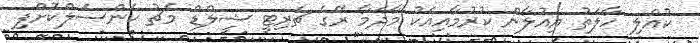
ކުއްލި ހާލަތު އިއުލާން ކުރުމާއިއެކު މާދަމާ ރޭގެ ޗެރިޓީ ޝީލްޑް މެޗު ކެންސަލްކޮށްފި